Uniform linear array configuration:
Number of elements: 16
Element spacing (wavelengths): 0.25
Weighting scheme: kaiser
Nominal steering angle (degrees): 30
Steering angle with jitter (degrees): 28.304
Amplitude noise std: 0.05
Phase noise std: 0.05

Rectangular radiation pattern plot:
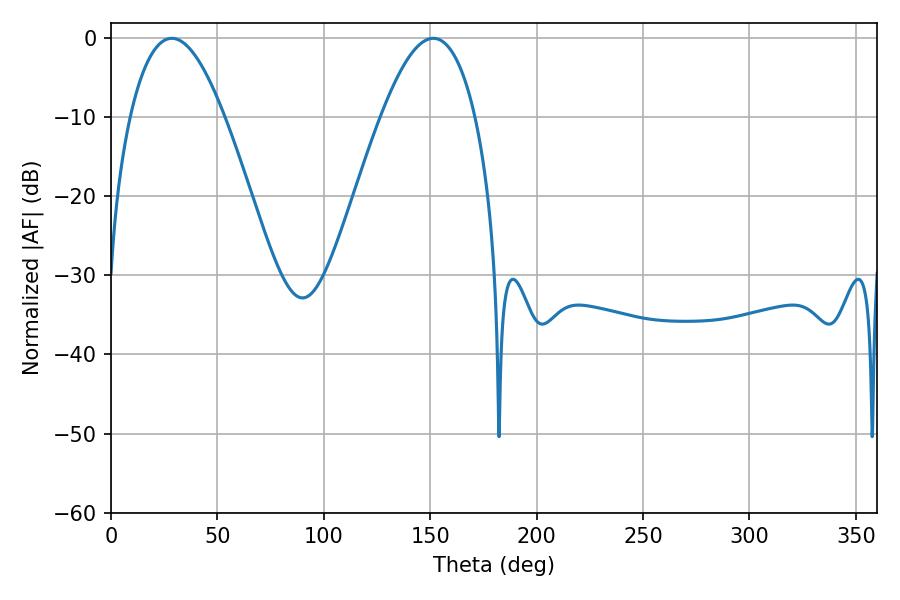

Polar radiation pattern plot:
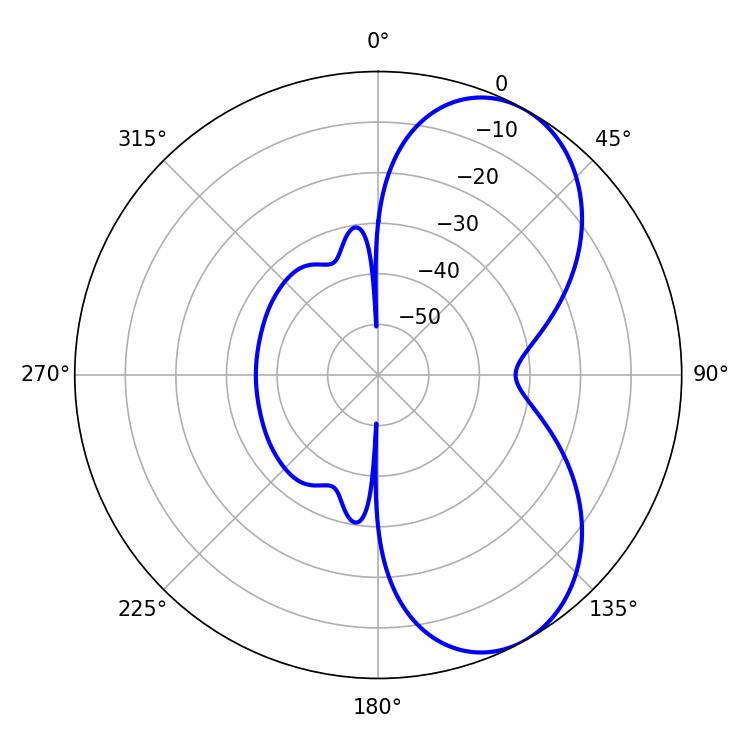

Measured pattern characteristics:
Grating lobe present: FALSE
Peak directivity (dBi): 6.462
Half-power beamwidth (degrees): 24.12
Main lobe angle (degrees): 28.62